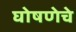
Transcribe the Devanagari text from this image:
घोषणेचे